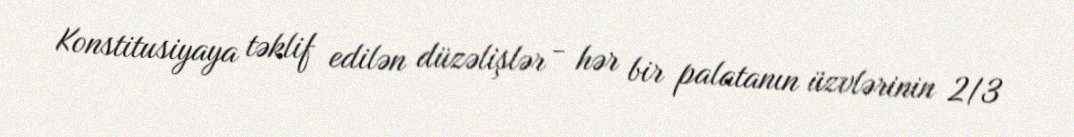
Konstitusiyaya təklif edilən düzəlişlər - hər bir palatanın üzvlərinin 2/3